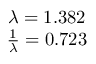
\begin{array} { c } { \lambda = 1 . 3 8 2 } \\ { \frac { 1 } { \lambda } = 0 . 7 2 3 } \end{array}